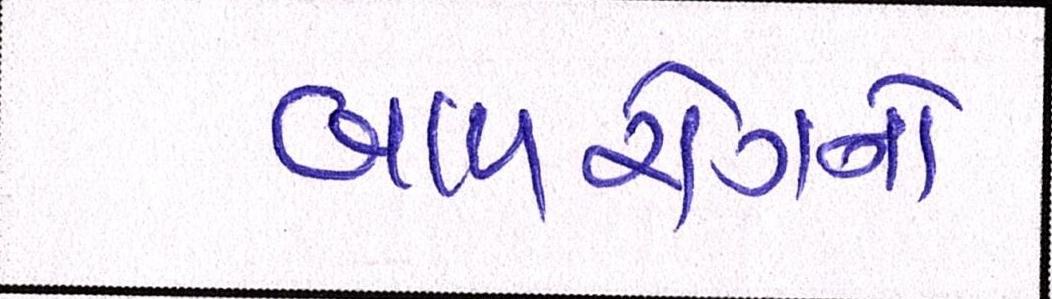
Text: બાળરોગનો